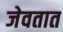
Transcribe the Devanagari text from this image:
जेवतात